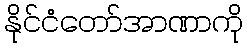
နိုင်ငံတော်အာဏာကို